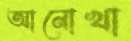
আনোখা